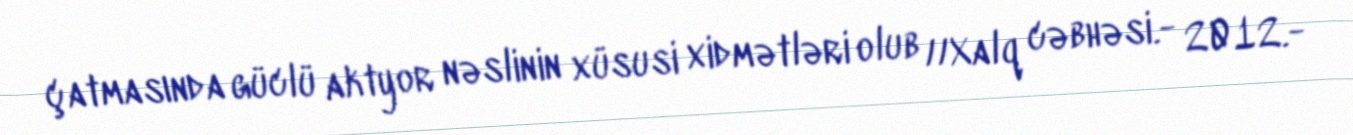
çatmasında güclü aktyor nəslinin xüsusi xidmətləri olub //Xalq cəbhəsi.- 2012.-